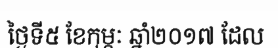
ថ្ងៃទី៥ ខែកុម្ភៈ ឆ្នាំ២០១៧ ដែល